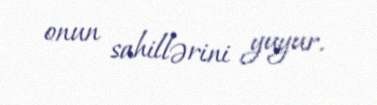
onun sahillərini yuyur.